King Institute of Preventive Medicine Micro-Biological Section reports 1912-19
Year: 1912
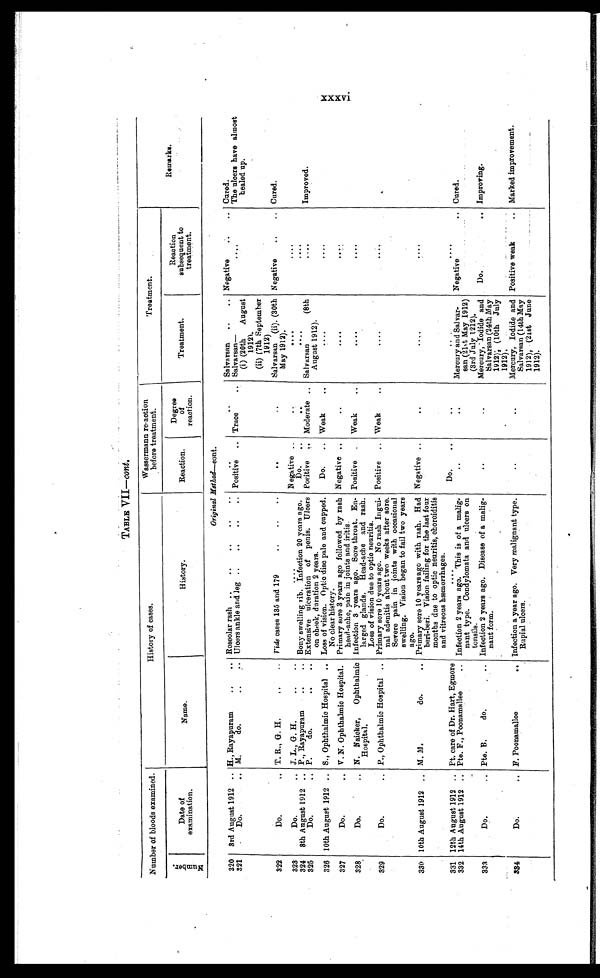
TABLE VII—cont.
Number of bloods examined.
History of cases.
Wassermann re-action
before treatment.
Treatment.
Remarks.
N u m b e r .
Date of
examination.
Name.
History.
Reaction.
Degree
of
reaction.
Treatment.
Reaction
subsequent to
treatment.
Original Method—cont .
320
3 r d A u g u s t 1 9 1 2 . . . H., Rayapuram . . .
Roseolar rash . . .
. . .
. . .
Salvarsan . . . Negative . . . Cured.
Positive . . .
The ulcers have almost
healed up.
Trace . . .
Sa l v a r s a n —
(i) (20th August
1912).
(ii) (7th September
-1912)
. . .
321
Do. . . . M. do. . . .
U l c e r s a n k l e a n d l e g . . .
322
Do. . . . T. R., G. H. . . .
Vide cases 135 and 179 . . .
. . .
. . .
Salvarsan (ii). (30th
May 1912).
Negative . . . Cured.
323
Do. . . . J. L., G. H. . . .
. . .
Negative . . .
. . .
. . .
. . .
324
8th August 1912 . . . P., Rayapuram . . . Bony swelling rib. Infection 20 years ago.
Do. . . .
. . .
. . .
. . .
Extensive ulceration of penis. Ulcers
on cheek, duration 2years.
Pos i t i ve . . .
Moderate . . .
Salvarsan (8th
August 1912).
. . .
Improved.
325
Do. . . . P. do. . . .
326 10th August 1912 . . . S., Ophthalmic Hospital . . . Loss of vision. Optic disc pale and cupped.
No clear history.
Do. . . . Weak . . .
. . .
. . .
327
Do. . . . V. N. Ophthalmic Hospital . . .
Primary sore 3 years ago followed by rash
head-ache, pain in joints and iritis.
Negative . . .
. . .
. . .
. . .
328
Do. . . . N. Naicker, Ophthalmic
Hospital.
Infection 3 years ago. Sore throat. En-
larged glands. Head-ache and rash.
Loss of vision due to optic neuritis.
Positive . . .
Weak . . .
. . .
. . .
329
Do. . . . P., Ophthalmic Hospital . . . Primary sore 10 years ago. No rash Ingui-
nal adenitis about two weeks after sore.
Severe pain in joints with occasional
swelling. Vision began to fail two years
ago.
Positive . . . Weak . . .
. . .
. . .
330 10th August 1912 . . .
M. M. do. . . . Primary sore 10 years ago with rash. Had
beri-beri. Vision failing for the last four
months due to optic neuritis, choroiditis
and vitreous hæmorrhages.
Negative . . .
. . .
. . .
. . .
331 12th August 1912
Pt. care of Dr. Hart, Egmore
. . .
Do. . . .
. . .
. . .
. . .
Infection 2 years ago. This is of a malig-
nant type. Condylomata and ulcers on
tonsils.
. . .
. . .
Mercury and Salvar-
san (21st May 1912)
(3rd July 1212).
Negative . . . Cured.
332 14th August 1912
Pte. F., Poonamallee . . .
333
Do. . . . Pte. B. do. . . . Infection 2 years ago. Disease of a malig -
nant form.
. . .
. . .
Mercury, Iodide and
Salvarsan (24th May
1912). (10th July
1912).
Do. . . . Improving.
334
Do. . . . F. Poonamallee . . . Infection a year ago. Very malignant type
R u p i a l u l c e r s .
. . .
. . .
Mercury, Iodide and
Salvarsan (14th May
1912), (21st June
1912).
Positive weak . . . Marked improvement.
xxxvi